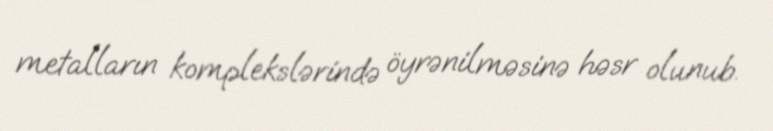
metalların komplekslərində öyrənilməsinə həsr olunub.